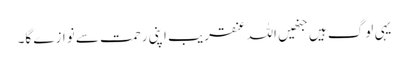
یہی لوگ ہیں جنھیں اللہ عنقریب اپنی رحمت سے نوازے گا۔